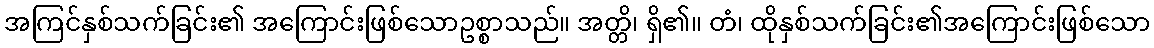
အကြင်နှစ်သက်ခြင်း၏ အကြောင်းဖြစ်သောဥစ္စာသည်။ အတ္တိ၊ ရှိ၏။ တံ၊ ထိုနှစ်သက်ခြင်း၏အကြောင်းဖြစ်သော